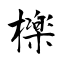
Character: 檪